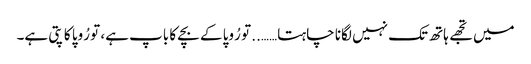
میں تجھے ہاتھ تک نہیں لگانا چاہتا…….. تو رُوپا کے بچے کا باپ ہے، تو رُوپا کا پتی ہے۔